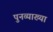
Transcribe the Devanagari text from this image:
पुनव्याख्या